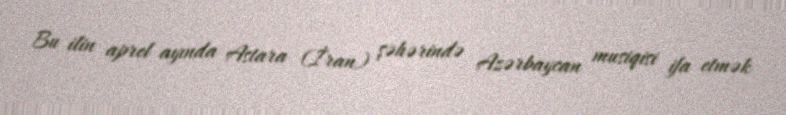
Bu ilin aprel ayında Astara (İran) şəhərində Azərbaycan musiqisi ifa etmək